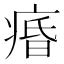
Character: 痻